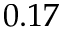
0 . 1 7